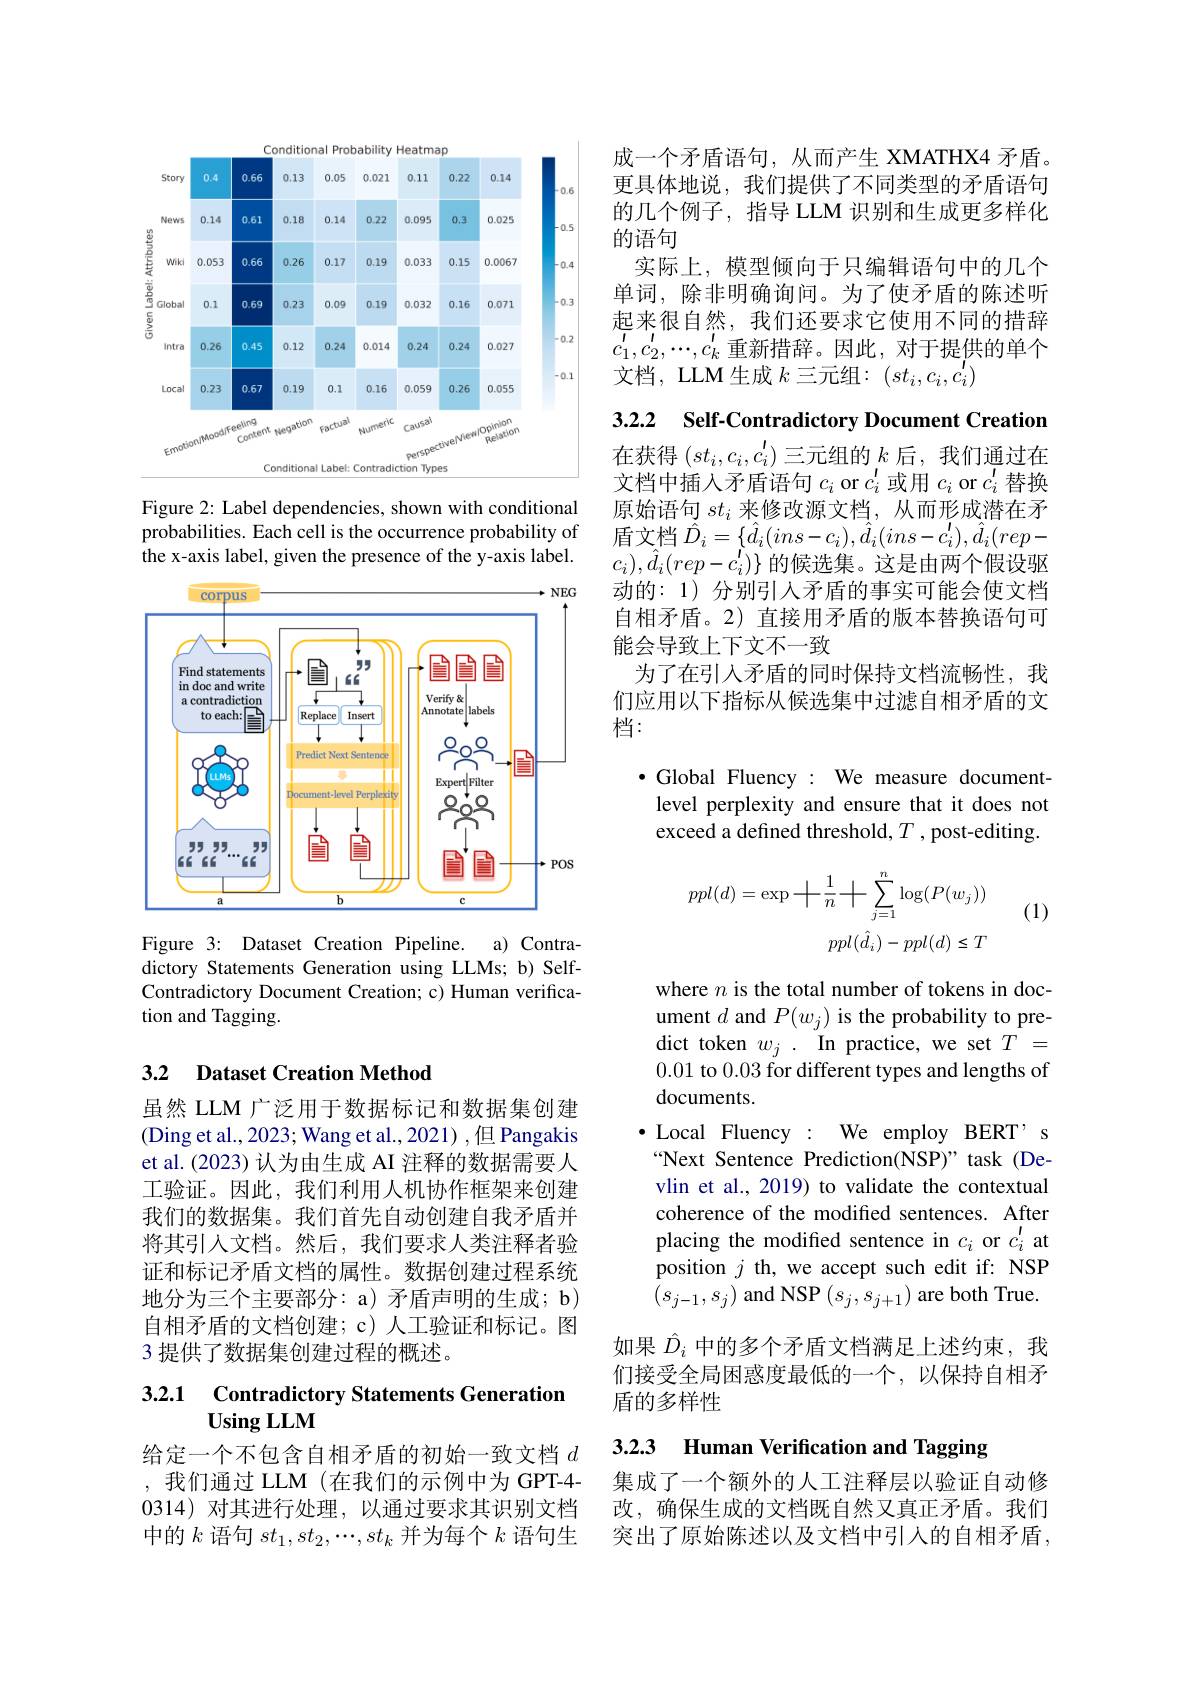
<FigureHere>

Figure 2: Label dependencies, shown with conditional probabilities. Each cell is the occurrence probability of the x-axis label, given the presence of the y-axis label.

<FigureHere>

Figure 3: Dataset Creation Pipeline. a) Contradictory Statements Generation using LLMs; b) SelfContradictory Document Creation; c) Human verification and Tagging.

## 3.2 Dataset Creation Method

虽然 LLM 广泛用于数据标记和数据集创建(Ding et al., 2023; Wang et al., 2021) ,但 Pangakis et al. (2023) 认为由生成 AI 注释的数据需要人工验证。因此，我们利用人机协作框架来创建我们的数据集。我们首先自动创建自我矛盾并将其引入文档。然后，我们要求人类注释者验证和标记矛盾文档的属性。数据创建过程系统地分为三个主要部分：a) 矛盾声明的生成；b) 自相矛盾的文档创建；c)人工验证和标记。图3 提供了数据集创建过程的概述。

### 3.2.1 Contradictory Statements Generatior $\mathbf{UsingLLM}$

给定一个不包含自相矛盾的初始一致文档$d$ ,我们通过 LLM (在我们的示例中为 GPT-4- 0314)对其进行处理，以通过要求其识别文档中的$k$语句$st_1,st_2,\cdots,st_k$并为每个$k$语句生

成一个矛盾语句，从而产生 XMATHX4 矛盾。更具体地说，我们提供了不同类型的矛盾语句的几个例子，指导 LLM 识别和生成更多样化的语句
实际上，模型倾向于只编辑语句中的几个单词，除非明确询问。为了使矛盾的陈述听起来很自然，我们还要求它使用不同的措辞$c_1^{\prime},c_2^{\prime},\cdots,c_k^{\prime}$重新措辞。因此，对于提供的单个文档，LLM 生成$k$三元组：$(st_i,c_i,c_i^{\prime})$

3.2.2 $\textbf{Self- Contradictory Document Creation}$

在获得$(st_i,c_i,c_i^{\prime})$三元组的$k$后，我们通过在文档中插入矛盾语句$c_i$ or $c_i^{\prime}$或用$c_i$ or $c_i^{\prime}$替换原始语句$st_i$来修改源文档，从而形成潜在矛盾文档$\hat{D}_i=\{\hat{d}_i(ins-c_i),\hat{d}_i(ins-c_i^{\prime}),\hat{d}_i(rep-$ $c_i),\hat{d}_i(rep-c_i^{'})\}$的候选集。这是由两个假设驱动的：1)分别引入矛盾的事实可能会使文档自相矛盾。2) 直接用矛盾的版本替换语句可能会导致上下文不一致
为了在引入矛盾的同时保持文档流畅性，我们应用以下指标从候选集中过滤自相矛盾的文档：

$\bullet$ Global Fluency : We measure documentlevel perplexity and ensure that it does not exceed a defined threshold, $T$ , post-editing.
$$\begin{aligned}ppl(d)=\exp+\frac{1}{n}+\sum_{j=1}^{n}\log(P(w_{j}))\\ppl(\hat{d}_{i})-ppl(d)\leq T\end{aligned}$$
(1)

where $n$ is the total number of tokens in document $d$ and $P(w_j)$ is the probability to predict token $w_j.$ In practice, we set $T=$ 0.01 to 0.03 for different types and lengths of documents.
$\bullet$ Local Fluency : We employ BERT’s “Next Sentence Prediction(NSP)” task (Devlin et al., 2019) to validate the contextual coherence of the modified sentences. After placing the modified sentence in $c_i$ or $c_i^{\prime }$ at position $j$ th, we accept such edit if: NSP $\begin{pmatrix}s_{j-1},s_{j}\end{pmatrix}$ and NSP$\begin{pmatrix}s_j,s_{j+1}\end{pmatrix}$ are both True.

如果$\hat{D}_i$中的多个矛盾文档满足上述约束，我们接受全局困惑度最低的一个，以保持自相矛盾的多样性

3.2.3 Human Verification and Tagging

集成了一个额外的人工注释层以验证自动修改，确保生成的文档既自然又真正矛盾。我们突出了原始陈述以及文档中引人的自相矛盾，